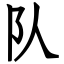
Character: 队